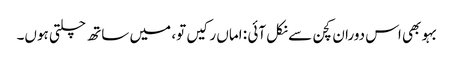
بہو بھی اس دوران کچن سے نکل آئی : اماں رکیں تو، میں ساتھ چلتی ہوں۔